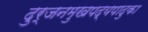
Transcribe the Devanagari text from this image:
दुर्जनमुखपद्यपादुका